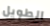
الطويل